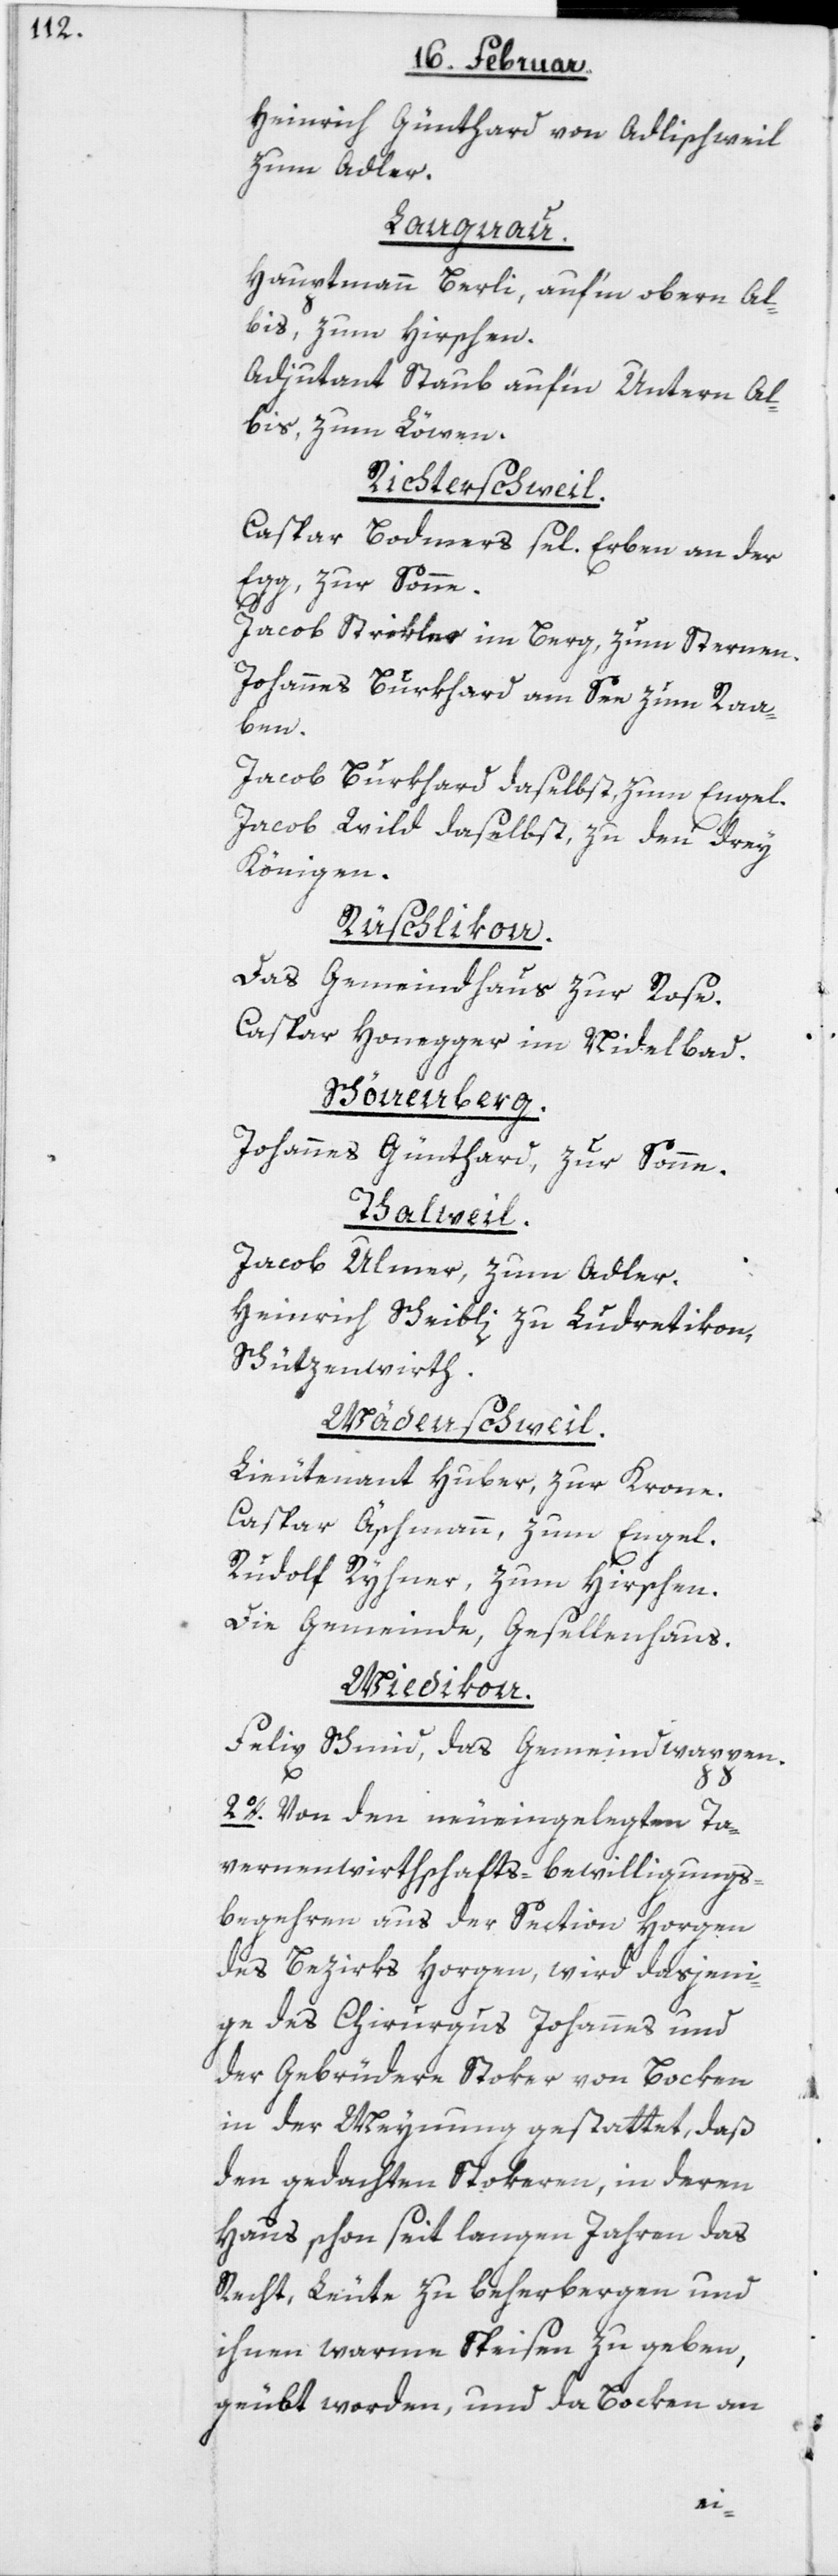
Heinrich Günthard von Adlischweil,
zum Adler.
Langnau.
Hauptmann Berli, auf’m obern Al¬
bis, zum Hirschen.
Adjutant Staub auf’m Untern Al¬
bis, zum Löwen.
Richterschweil.
Caspar Bodmers sel. Erben, an der
Egg, zur Sonne.
Jacob Strikler im Berg, zum Sternen.
Johannes Burkhard am See zum Raa¬
ben
Jacob Burkhard daselbst, zum Engel
Jacob Wild daselbst, zu den drey
Königen.
Rüschlikon.
Das Gemeindhaus zur Rose.
Caspar Honegger im Nidelbad.
Schönenberg.
Johannes Günthard, zur Sonne.
Thalweil.
Jacob Ulmer, zum Adler.
Heinrich Scheibli zu Ludretikon,
Schützenwirth.
Wädenschweil.
Lieutenant Huber, zur Krone.
Caspar Äschmann, zum Engel.
Rudolf Ryhner, zum Hirschen.
Die Gemeinde, Gesellenhaus.
Wiedikon.
Felix Schmid, das Gemeindwappen.
2o. Von den neueingelegten Ta¬
vernenwirthschafts-Bewilligungs-B¬
egehren aus der Section Horgen
des Bezirks Horgen, wird dasjeni¬
ge des Chirurgus Johannes und
der Gebrüdere Stoker von Bocken
in der Meynung gestattet, daß
den gedachten Stokeren, in deren
Haus schon seit langen Jahren das
Recht, Leute zu beherbergen und
ihnen warme Speisen zu geben,
geübt worden, und da Bocken an